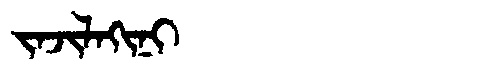
Manchu: ᠵᠠᠵᡳᠯᠠᡴᡳᠨᡳ
Romanization: JAJILAKINI